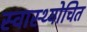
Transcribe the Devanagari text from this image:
स्वास्थ्योचित